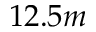
1 2 . 5 m